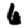
Digit: 6